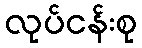
လုပ်ငန်းစု